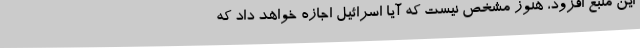
این منبع افزود، هنوز مشخص نیست که آیا اسرائیل اجازه خواهد داد که